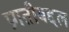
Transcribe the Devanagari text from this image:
प्रगतीबद्दल